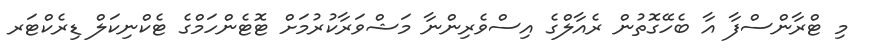
މި ޓްރާންސްފާ އާ ބެހޭގޮތުން ރެއާލްގެ އިސްވެރިންނާ މަޝްވަރާކުރުމަށް ޓޮޓެންހަމްގެ ޓެކްނިކަލް ޑިރެކްޓަރ